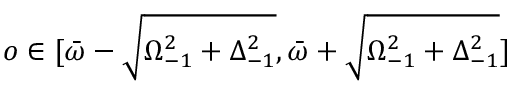
o \in [ \bar { \omega } - \sqrt { \Omega _ { - 1 } ^ { 2 } + \Delta _ { - 1 } ^ { 2 } } , \bar { \omega } + \sqrt { \Omega _ { - 1 } ^ { 2 } + \Delta _ { - 1 } ^ { 2 } } ]